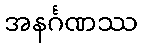
အနင်္ဂဏဿ